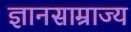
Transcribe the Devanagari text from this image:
ज्ञानसाम्राज्य